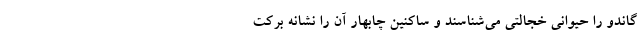
گاندو را حیوانی خجالتی می‌شناسند و ساکنین چابهار آن را نشانه برکت